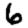
Digit: 6